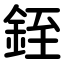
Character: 銍